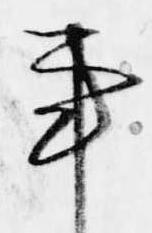
事